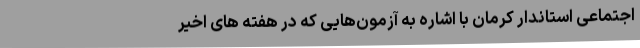
اجتماعی استاندار کرمان با اشاره به آزمون‌هایی که در هفته های اخیر